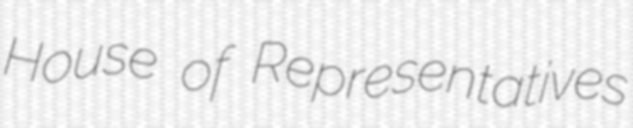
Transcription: House of Representatives